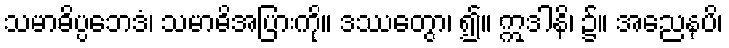
သမာဓိပ္ပဘေဒံ၊ သမာဓိအပြားကို။ ဒဿေတွာ၊ ၍။ ဣဒါနိ၊ ၌။ အညေနပိ၊